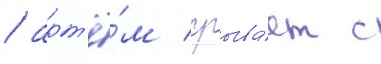
/ арт'ё́м срыва́ет с